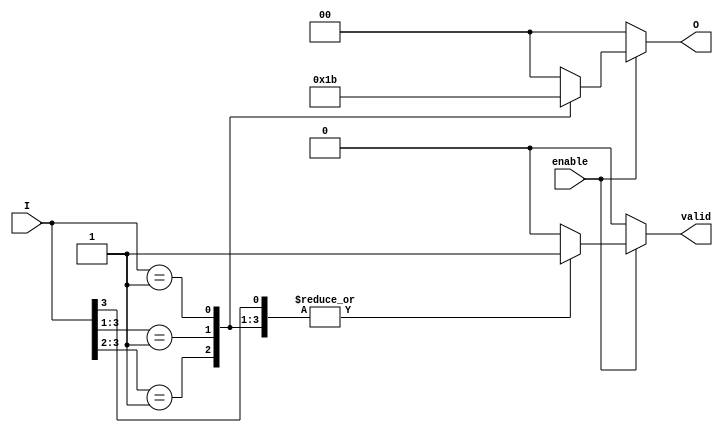
module priority_encoder (
    input wire [3:0] I,      // 4 input lines
    input wire enable,       // Enable input
    output reg [1:0] O,      // 2 output lines
    output reg valid         // Output to indicate if the input is valid
);

always @(*) begin
    if (!enable) begin
        // If enable is low, set outputs to default state
        O = 2'b00;
        valid = 1'b0;       // Indicate invalid input state
    end else begin
        // Priority encoding logic
        casez (I)
            4'b1??? : begin O = 2'b00; valid = 1'b1; end // I0 active
            4'b01?? : begin O = 2'b01; valid = 1'b1; end // I1 active
            4'b001? : begin O = 2'b10; valid = 1'b1; end // I2 active
            4'b0001 : begin O = 2'b11; valid = 1'b1; end // I3 active
            default : begin O = 2'b00; valid = 1'b0; end  // No active input
        endcase
    end
end

endmodule